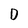
Character: D